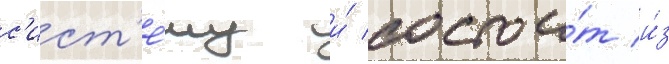
с'ист'е́му и́ состои́т и́з